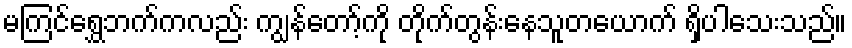
မကြင်ရွှေဘက်ကလည်း ကျွန်တော့်ကို တိုက်တွန်းနေသူတယောက် ရှိပါသေးသည်။